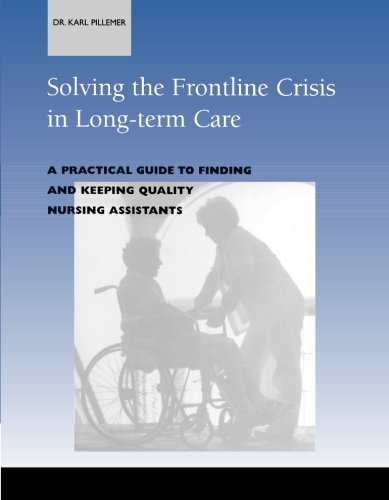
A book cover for Solving the Frontline Crisis in Long-Term Care: A Practical Guide to Finding and Keeping Quality Nursing Assistants; Karl Pillemer; Medical Books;